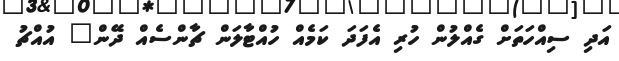
އަދި ސިއްހަތަށް ގެއްލުން ހުރި އެފަދަ ކަމެއް ހުއްޓާލަން ޗާންސެއް ދޭން" އުއްޗު